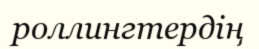
роллингтердің